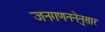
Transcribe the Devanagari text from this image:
जनगणननेनुसार